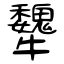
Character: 犩